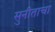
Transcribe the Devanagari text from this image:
सुनीताचा